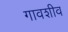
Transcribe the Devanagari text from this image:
गावशीव